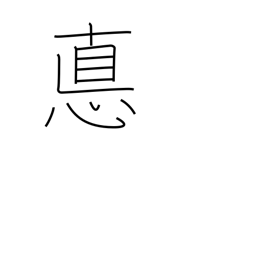
Meaning: ethics